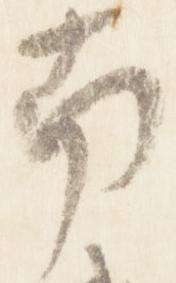
南